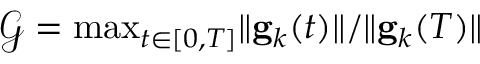
\mathcal { G } = \mathrm { m a x } _ { t \in [ 0 , T ] } \| \mathbf { g } _ { k } ( t ) \| / \| \mathbf { g } _ { k } ( T ) \|